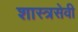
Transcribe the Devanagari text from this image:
शास्त्रसेवी